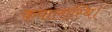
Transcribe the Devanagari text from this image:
कपालास्थि।